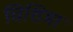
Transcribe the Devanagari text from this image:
चिशिमा